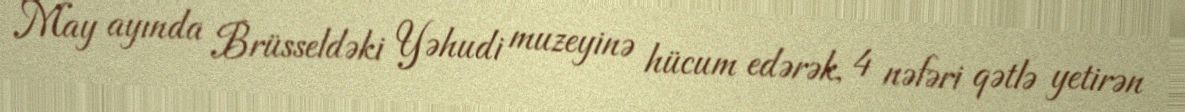
May ayında Brüsseldəki Yəhudi muzeyinə hücum edərək, 4 nəfəri qətlə yetirən